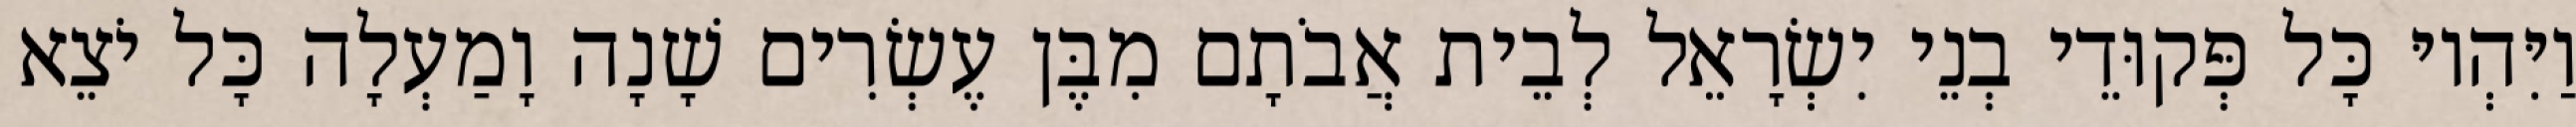
וַיִּהְיוּ כָּל פְּקוּדֵי בְנֵי יִשְׂרָאֵל לְבֵית אֲבֹתָם מִבֶּן עֶשְׂרִים שָׁנָה וָמַעְלָה כָּל יֹצֵא